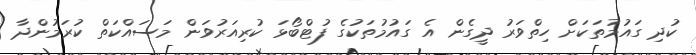
ކުދި ގައުމުތަކަށް ހިތްވަރު ދީގެން އެ ގައުމުތަކުގެ ފުޓްބޯޅަ ކުރިއަރުވަން މަސައްކަތް ކުރަމުންދާ